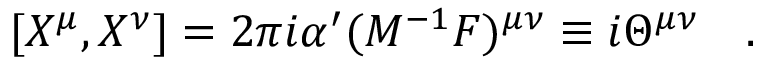
[ X ^ { \mu } , X ^ { \nu } ] = 2 \pi i \alpha ^ { \prime } ( { \cal M } ^ { - 1 } { \cal F } ) ^ { \mu \nu } \equiv i \Theta ^ { \mu \nu } \quad .